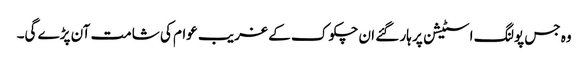
وہ جس پولنگ اسٹیشن پر ہار گئے ان چکوک کے غریب عوام کی شامت آن پڑے گی۔